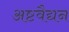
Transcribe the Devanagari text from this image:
अष्टवैद्यन